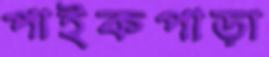
পাইকপাড়া